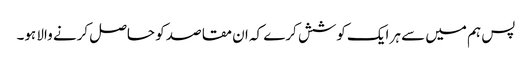
پس ہم میں سے ہر ایک کوشش کرے کہ ان مقاصد کو حاصل کرنے والا ہو۔